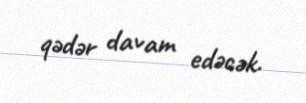
qədər davam edəcək.